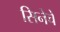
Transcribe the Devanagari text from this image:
सिनेचे